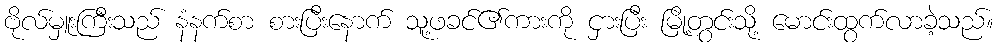
ဗိုလ်မှူးကြီးသည် နံနက်စာ စားပြီးနောက် သူ့ဖခင်၏ကားကို ငှားပြီး မြို့တွင်းသို့ မောင်းထွက်လာခဲ့သည်။